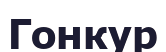
Гонкур